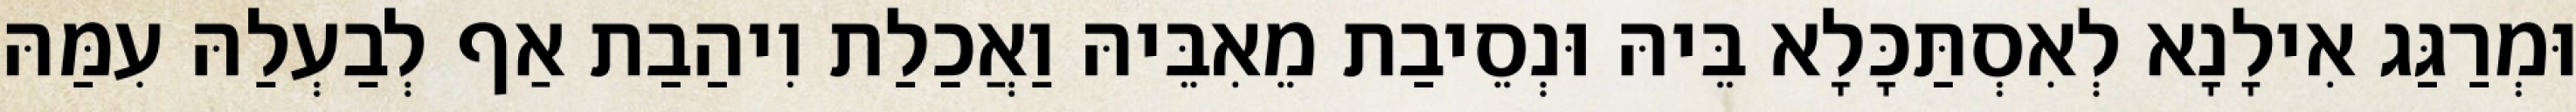
וּמְרַגַּג אִילָנָא לְאִסְתַּכָּלָא בֵּיהּ וּנְסֵיבַת מֵאִבֵּיהּ וַאֲכַלַת וִיהַבַת אַף לְבַעְלַהּ עִמַּהּ